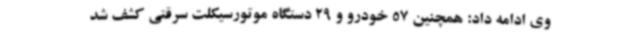
وی ادامه داد: همچنین 57 خودرو و 29 دستگاه موتورسیکلت سرقتی کشف شد